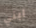
ابني